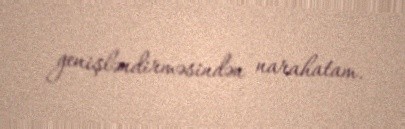
genişləndirməsindən narahatam.